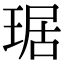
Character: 琚